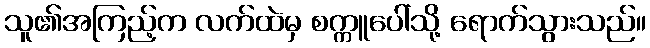
သူ၏အကြည့်က လက်ထဲမှ စက္ကူပေါ်သို့ ရောက်သွားသည်။